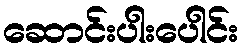
ဆောင်းပါးပေါင်း